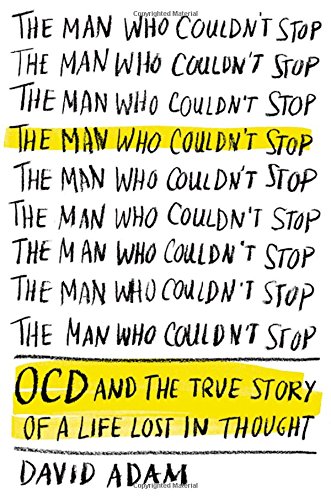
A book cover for The Man Who Couldn't Stop: OCD and the True Story of a Life Lost in Thought; David Adam; Health, Fitness & Dieting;